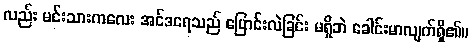
လည်း မင်းသားကလေး အင်ဒရေသည် ပြောင်းလဲခြင်း မရှိဘဲ ခေါင်းမာလျက်ရှိ၏။